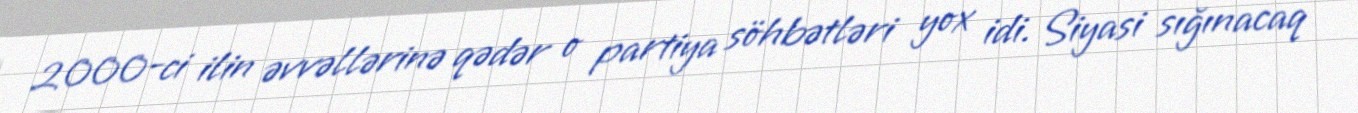
2000-ci ilin əvvəllərinə qədər o partiya söhbətləri yox idi. Siyasi sığınacaq